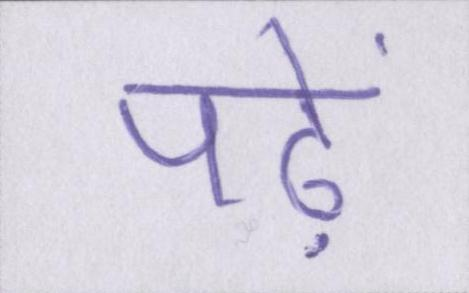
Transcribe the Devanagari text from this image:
पढ़ें